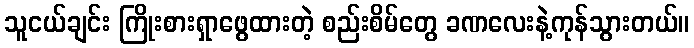
သူငယ်ချင်း ကြိုးစားရှာဖွေထားတဲ့ စည်းစိမ်တွေ ခဏလေးနဲ့ကုန်သွားတယ်။